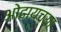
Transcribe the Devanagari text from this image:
ओढायच्या